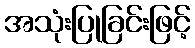
အသုံးပြုခြင်းဖြင့်